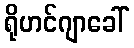
ရိုဟင်ဂျာခေါ်